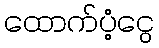
ထောက်ပံ့ငွေ